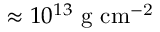
\approx 1 0 ^ { 1 3 } \ \mathrm { g \ c m ^ { - 2 } }